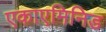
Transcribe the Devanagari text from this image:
एकाएमिनिड